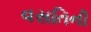
વસતિની